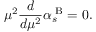
\mu ^ { 2 } \frac { d } { d \mu ^ { 2 } } \alpha _ { s } ^ { \mathrm { \tiny ~ B } } = 0 .